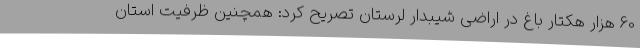
60 هزار هکتار باغ در اراضی شیبدار لرستان تصریح کرد: همچنین ظرفیت استان